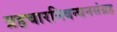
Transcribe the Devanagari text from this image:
ग्रहचारनिबन्धनसंग्रह